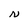
Character: N